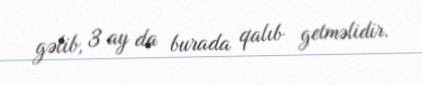
gəlib, 3 ay da burada qalıb getməlidir.